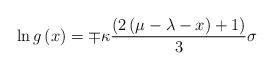
LaTeX: \begin{align*}\ln g\left( x\right) =\mp \kappa \frac{\left( 2\left( \mu -\lambda -x\right)+1\right) }{3}\sigma\end{align*}